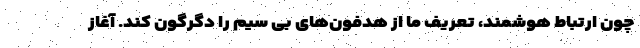
چون ارتباط هوشمند، تعریف ما از هدفون‌های بی سیم را دگرگون کند. آغاز